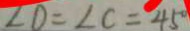
\angle D = \angle C = 4 5 ^ { \circ }